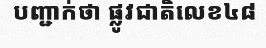
បញ្ជាក់ថា ផ្លូវជាតិលេខ៤៨